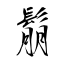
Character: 鬅